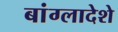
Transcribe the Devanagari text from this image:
बांग्लादेशे